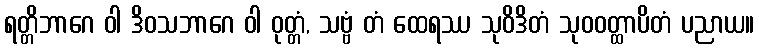
ရတ္တိဘာဂေ ဝါ ဒိဝသဘာဂေ ဝါ ဝုတ္တံ, သဗ္ဗံ တံ ထေရဿ သုဝိဒိတံ သုဝဝတ္ထာပိတံ ပညာယ။